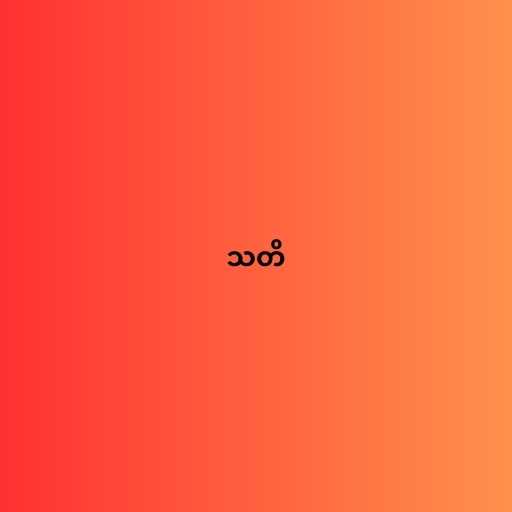
သတိ